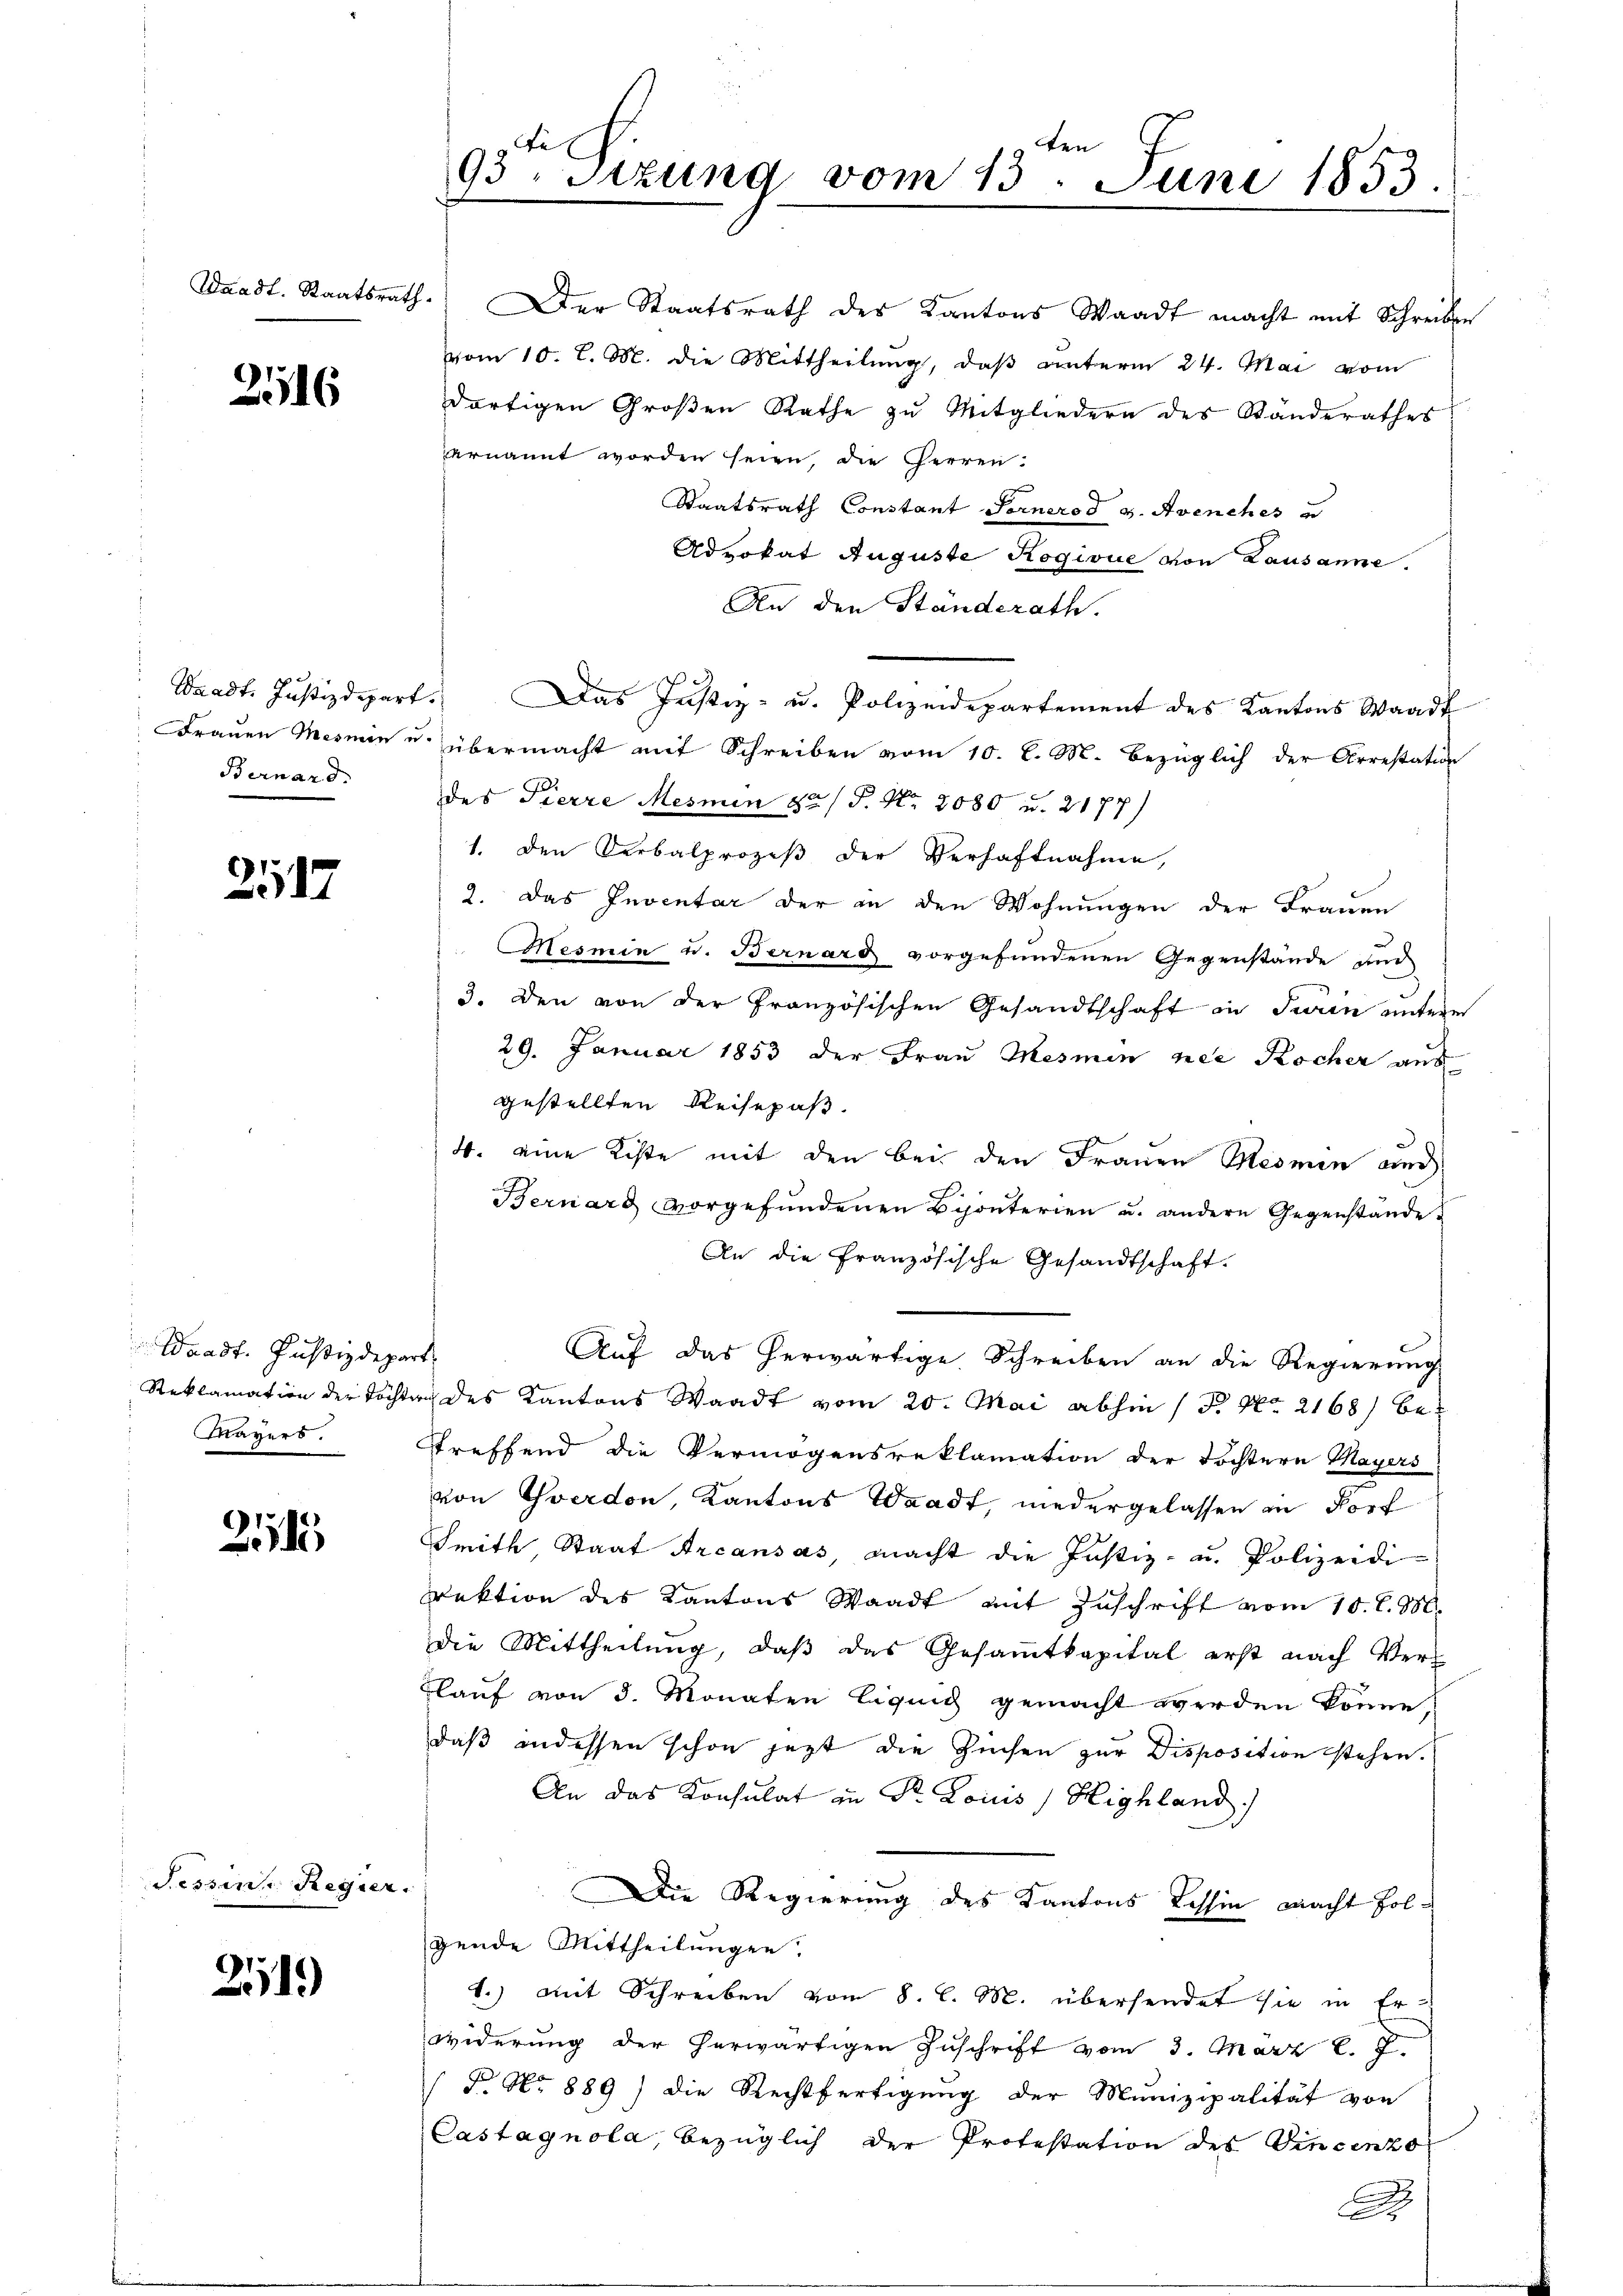
2516

Bernard.

217

Waadt. Justizdepart
Mayers.

1

Tessin Regier

2115)

Fe
ten
93 Sitzung vom 13. Juni 1853.

ernannt worden seien, die Herren.
Staatsrath Constant Fernered v. Avenches u
Advokat Auguste Rogioue von Lausanne.
An den Ständerath.
Waadt. Justizdepart. Das Justiz- u. Polizeidepartement des Kantons Waadt
Frauen Mesmin u. übermacht mit Schreiben vom 10. l. M. bezüglich der Arrestation
des Pierre Mesmen 80 / P. Nr. 2080 u. 2177)
1. den Verbalprozeß der Verhaftnahme,
2. Das Inventar der in den Wohnungen der Frauen
Mesmin u. Bernard vorgefundenen Gegenstände und
3. Den von der Französischen Gesandtschaft in Turin untere
29. Januar 1853 der Frau Mesmen nie Kocher aus
gestellten Reisepaß.
4. eine Kiste mit den bei den Frauen Resmin auch
Bernard vorgefundenen Biponterien u. andern Gegenstande
An die Französische Gesandtschaft.
Auf das herwärtige Schreiben an die Regierung
t
Reklamation der Töchten des Kantons Waadt vom 20. Mai abhin ( P. Nr. 2168) bestreffend die Vermögensreklamation der Tochtern Mayers
von Yverdon, Kantons Waadt, niedergelassen in Dorf
Smith, Staat Arcansas, macht die Justiz- u. Polizeidi
rektion des Kantons Waadt mit Zuschrift vom 10. l. M.
Die Mittheilung, daß das Gesammtkapital erst nach Ver¬
Blauf von 3. Monaten liquig gemacht werden könne,
daß andessen schon jezt die Züchen zur Disposition stehen.
An das Konsulat in Dr. Louis / Highland.
Die Regierung des Kantons Tessin macht Folgende Mittheilungen.
1.) Mit Schreiben vom 8. l. M. übersendet sie in Erwiderung der herwärtigen Zuschrift vom 3. März l. J.
 N. No 889) die Rechtfertigung der Munizipalität von
Castagnola, bezüglich der Protestation des Vincenzo

Waadt. Staatsrath. Der Staatsrath des Kantons Waadt macht mit Schreiben
vom 10. l. M. die Mittheilŭng, daβ ŭnterm 24. Mai vom
dortigen Großen Rathe zu Mitgliedern des Standerathes

A